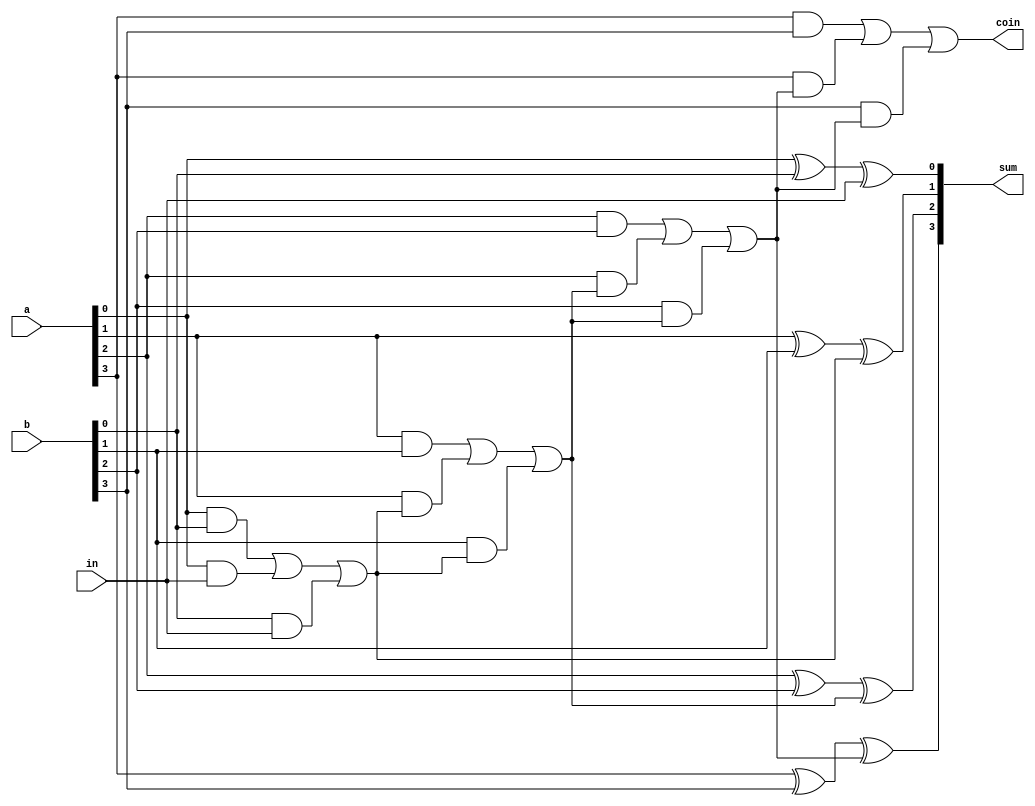
module add_4(
   input [3:0] 		a,
   input [3:0] 		b,
   input				in,//    
   output reg 		 	coin,//
	output reg [3:0] 	sum
);

reg [4:0] carry;

always @(*) begin
    carry[0] = in; // 
//	carry[0] =1'b0;
    sum[0] = a[0] ^ b[0] ^ carry[0]; // 0
    carry[1] = (a[0] & b[0]) | (a[0] & carry[0]) | (b[0] & carry[0]); // 1
    sum[1] = a[1] ^ b[1] ^ carry[1]; // 1
    carry[2] = (a[1] & b[1]) | (a[1] & carry[1]) | (b[1] & carry[1]); // 2
    sum[2] = a[2] ^ b[2] ^ carry[2]; // 2
    carry[3] = (a[2] & b[2]) | (a[2] & carry[2]) | (b[2] & carry[2]); // 3
    sum[3] = a[3] ^ b[3] ^ carry[3]; // 3
    carry[4] = (a[3] & b[3]) | (a[3] & carry[3]) | (b[3] & carry[3]); // 4
	coin =carry[4];
end

endmodule